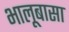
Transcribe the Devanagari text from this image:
भालूबासा